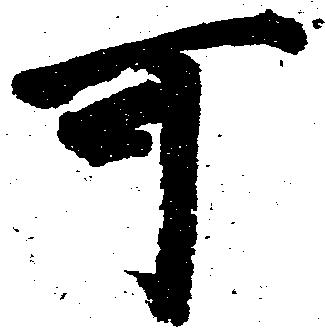
可